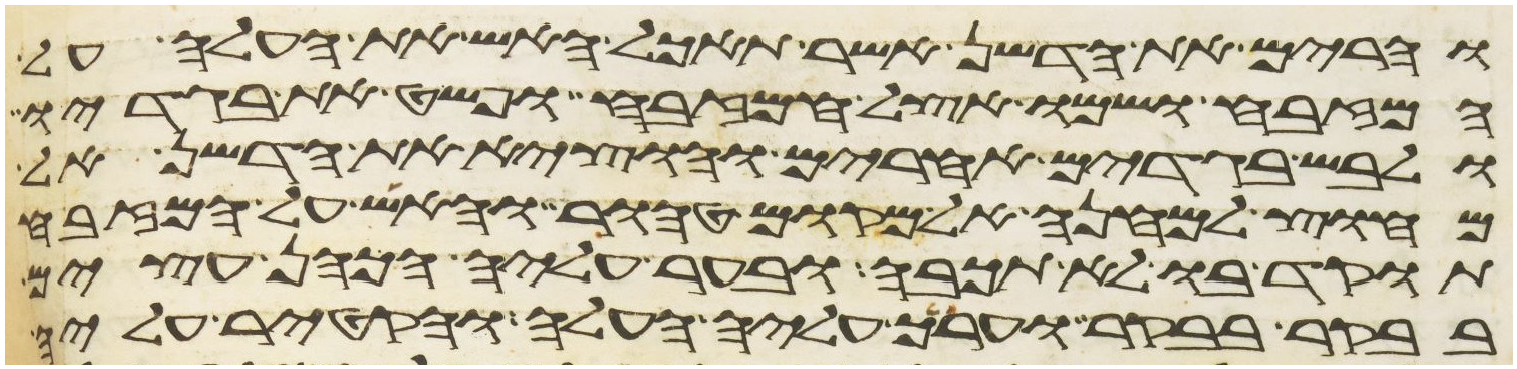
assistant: והרים את הדשן אשר תאכל האש את העלה על
המזבח ושמו אצל המזבח ופשט את בגדיו
ולבש בגדים אחרים והוציא את הדשן אל
מחוץ למחנה אל מקום טהור והאש על המזבח
תוקד בו לא תכבה ובער עליה הכהן עצים
בבקר בבקר וערך עליה העלה והקטיר עליה